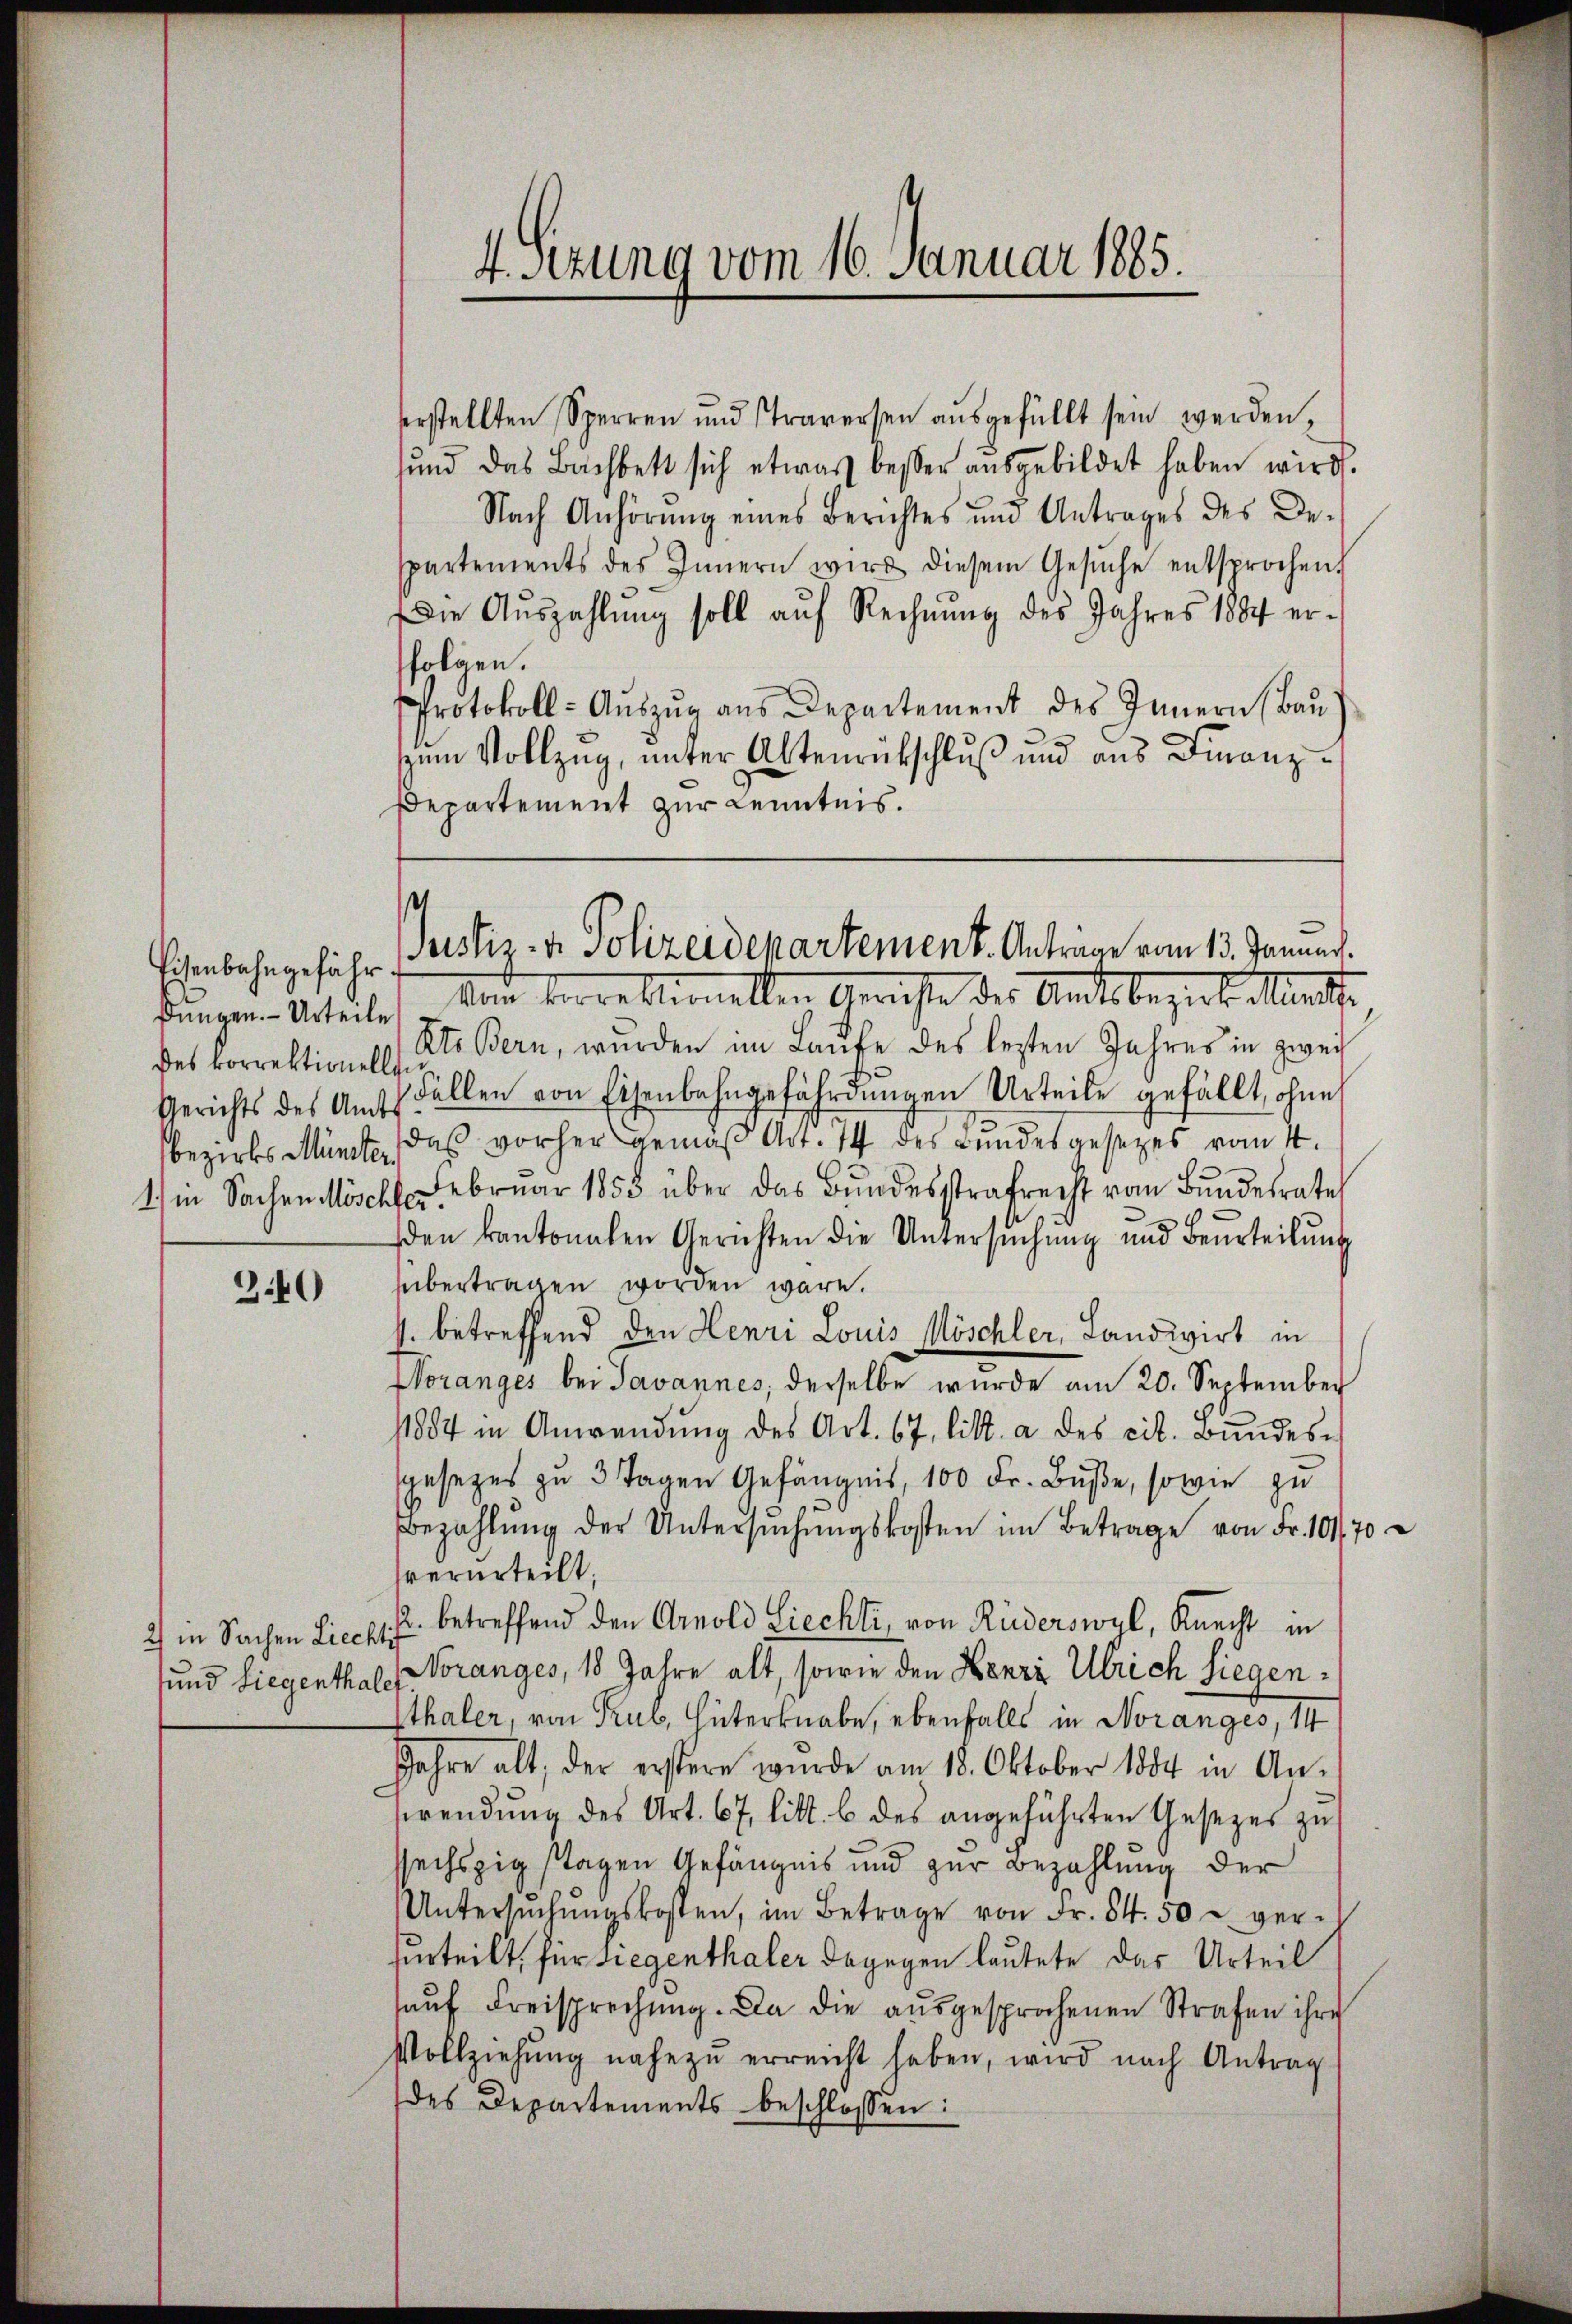
Eisenbahngefähr.
des korrektionelle

3.40

2) in Sachen Liechti
und Liegenthale

erstellten Sperren und Traversen aŭsgefüllt sein werden,
ŭnd das Bachbett sich etwas besser aŭsgebildet haben wird.
Nach Anhörung eines Berichtes und Antrages des De-
spartements des Innern wird diesem Gesŭche entsprochen.
Die Aŭszahlung soll auf Rechnŭng des Jahres 1884 erfolgen.
Protokoll- Auszug aus Departement des Innern (Bau)
zŭm Vollzug, unter Altenrütschluß und ans Finanz¬
Departement zur Kenntnis.

4sezung vom 16. Januar 1885.

Dingen Urtheiles vom verre bemelden Gerichte des Amtsbezirk Mentfe
Kt. Bern, wurden im Laŭfe des lezten Jahres in zwei
Gerichts des Amts Fällen von Eisenbahngefährdŭngen Urteile gefällt, ohne
bezirks Münste, daß vorher gemäß Art. 14 des Bundesgesetzes vom 4.
1.) in Sachen Möschler ebrŭar 1855 über das Bŭndesstrafrecht vom Bŭndesrates
den kantonalen Gerichten die Untersŭchŭng und Beurteilŭng
sübertragen worden wäre.
1. betreffend den Henri Louis Möschler, Landwirt in
Woranges bei Javannes, derselbe wurde am 20. September
11884 in Anwendŭng des Art. 67, litt. a des cit. Bŭndes-
sgesezes zu 3 Tagen Gefängnis, 100 Fr. Buße, sowie zu
Bezahlŭng der Untersŭchŭngskosten im Betrage von Fr. 1070
verurteilt.
2. betreffend den Arnold Liechti, von Rüderswyl, Knecht in
Noranges, 18 Jahre alt, sowie den Leere Ulrich Siegentthaler, von Trub, Hüterknabe, ebenfalls in Noranges, 14
Jahre alt, der erstere wurde am 18. Oktober 1884 in An-
wendung des Art. 67, litt. b des angeführten Gesezes zu
sechszigstagen Gefängnis und zur Bezahlung der
Untersŭchŭngskosten, im Betrage von Fr. 84. 50 u ver-
hurteilt, für siegenthaler dagegen lautete das Urteil
haŭf Freisprechŭng. Da die aŭsgesprochenen Strafen ihre
Vollziehŭng nahe zŭ erreicht haben, wird nach Antrag
des Departements beschlossen:

t
Justiz- & Polizeidepartement. Anträge vom 13. Januar.